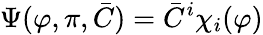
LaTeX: \Psi(\varphi,\pi,{\bar{C}})={\bar{C}}^{i}\chi_{i}(\varphi)